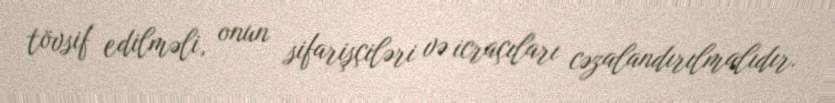
tövsif edilməli, onun sifarişçiləri və icraçıları cəzalandırılmalıdır.